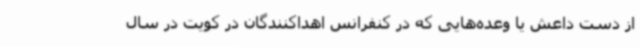
از دست داعش یا وعده‌هایی که در کنفرانس اهداکنندگان در کویت در سال